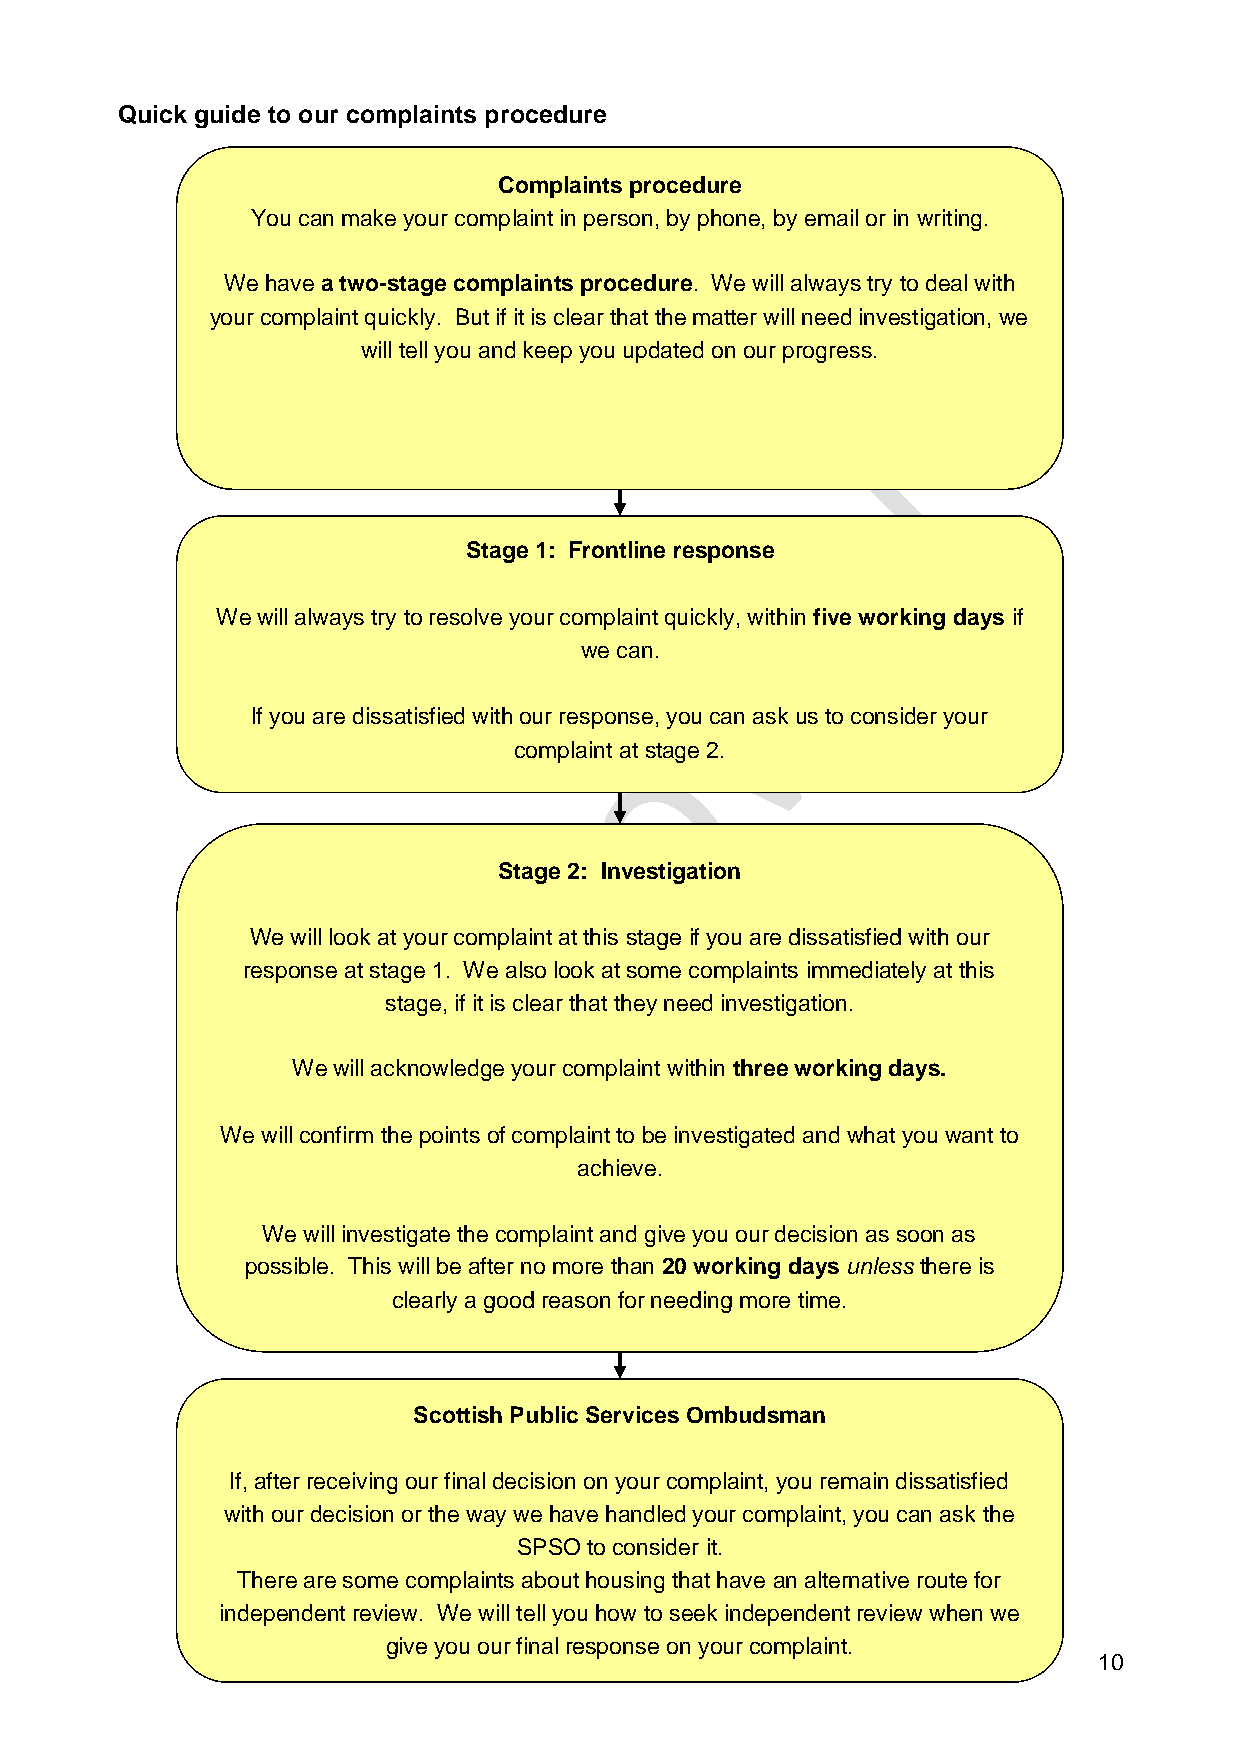
Quick guide to our complaints procedure
 Complaints procedure
 You can make your complaint in person, by phone, by email or in writing.
 We have a two-stage complaints procedure. We will always try to deal with
 your complaint quickly. But if it is clear that the matter will need investigation, we
 will tell you and keep you updated on our progress.
 Stage 1: Frontline response
 We will always try to resolve your complaint quickly, within five working days if
 we can.
 If you are dissatisfied with our response, you can ask us to consider your
 complaint at stage 2.
 Stage 2: Investigation
 We will look at your complaint at this stage if you are dissatisfied with our
 response at stage 1. We also look at some complaints immediately at this
 stage, if it is clear that they need investigation.
 We will acknowledge your complaint within three working days.
 We will confirm the points of complaint to be investigated and what you want to
 achieve.
 We will investigate the complaint and give you our decision as soon as
 possible. This will be after no more than 20 working days unless there is
 clearly a good reason for needing more time.
 Scottish Public Services Ombudsman
 If, after receiving our final decision on your complaint, you remain dissatisfied
 with our decision or the way we have handled your complaint, you can ask the
 SPSO to consider it.
 There are some complaints about housing that have an alternative route for
 independent review. We will tell you how to seek independent review when we
 give you our final response on your complaint.
 10